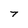
Character: 7